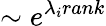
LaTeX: \sim e^{\lambda_{i}rank}